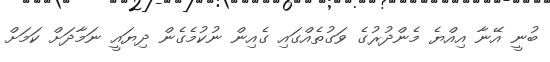
ބުނީ އޭނާ އިއްޔެ މެންދުރުގެ ވަގުތެއްގައި ގެއިން ނުކުމެގެން ދިޔައީ ނަމާދަށް ކަމަށް